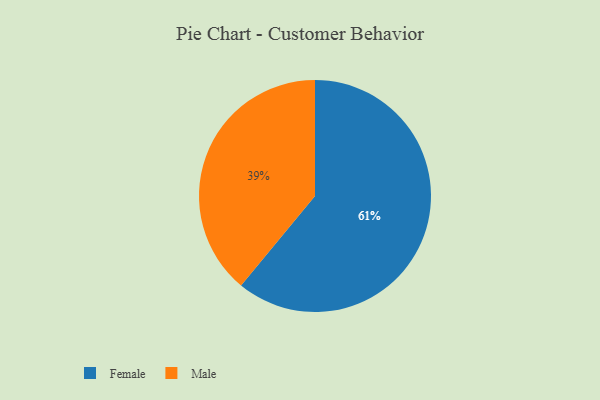
{"axis": {"x": "Category", "y": "Percentage"}, "legend": ["Female", "Male"], "data": [{"x": "Female", "y": 61, "type": "Female"}, {"x": "Male", "y": 39, "type": "Male"}]}